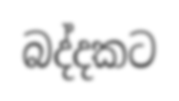
බද්දකට